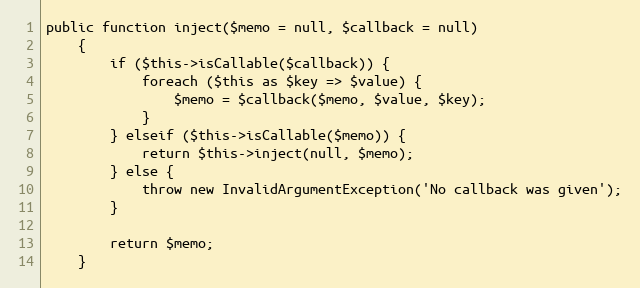
Language: PHP
public function inject($memo = null, $callback = null)
    {
        if ($this->isCallable($callback)) {
            foreach ($this as $key => $value) {
                $memo = $callback($memo, $value, $key);
            }
        } elseif ($this->isCallable($memo)) {
            return $this->inject(null, $memo);
        } else {
            throw new InvalidArgumentException('No callback was given');
        }

        return $memo;
    }